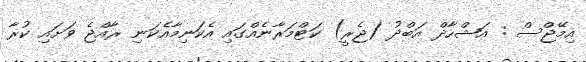
އިމޭޖްސް : އަޝްހާދް އަބްދު (ޖެރީ) ކަޓްމަރާނެއްގައި އެކަނިމާއެކަނި ރާއްޖެ ވަށައި ކުރާ